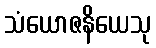
သံယောဇနိယေသု